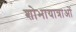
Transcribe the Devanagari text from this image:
शोभायात्राओं